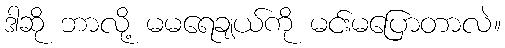
ဒါဆို ဘာလို့ မမရေချယ်ကို မင်းမပြောတာလဲ။